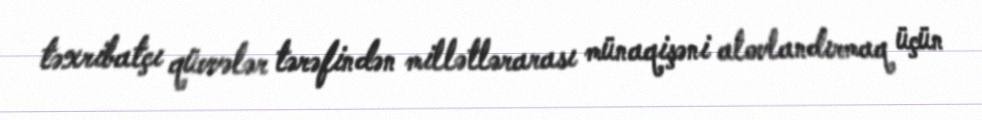
təxribatçı qüvvələr tərəfindən millətlərarası münaqişəni alovlandırmaq üçün